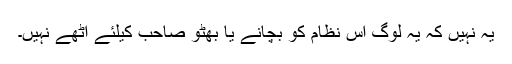
یہ نہیں کہ یہ لوگ اس نظام کو بچانے یا بھُٹو صاحب کیلئے اُٹھے نہیں۔